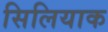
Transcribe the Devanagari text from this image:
सिलियाक